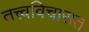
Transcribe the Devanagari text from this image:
तत्त्वविचारात